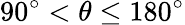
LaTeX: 90^{\circ}<\theta\leq 180^{\circ}